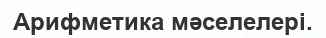
Арифметика мәселелері.